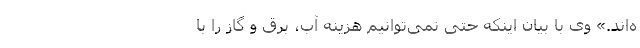
ه‌اند.» وی با بیان اینکه حتی نمی‌توانیم هزینه آب، برق و گاز را با